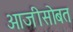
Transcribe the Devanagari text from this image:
आजीसोबत